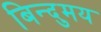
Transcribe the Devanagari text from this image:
बिन्दुमय